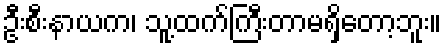
ဦးစီးနာယက၊ သူ့ထက်ကြီးတာမရှိတော့ဘူး။